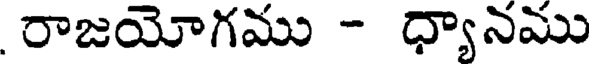
రాజయోగము - ధ్యానము